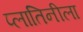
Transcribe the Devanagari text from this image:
प्लातिनीला